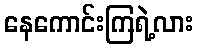
နေကောင်းကြရဲ့လား